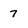
Character: 7